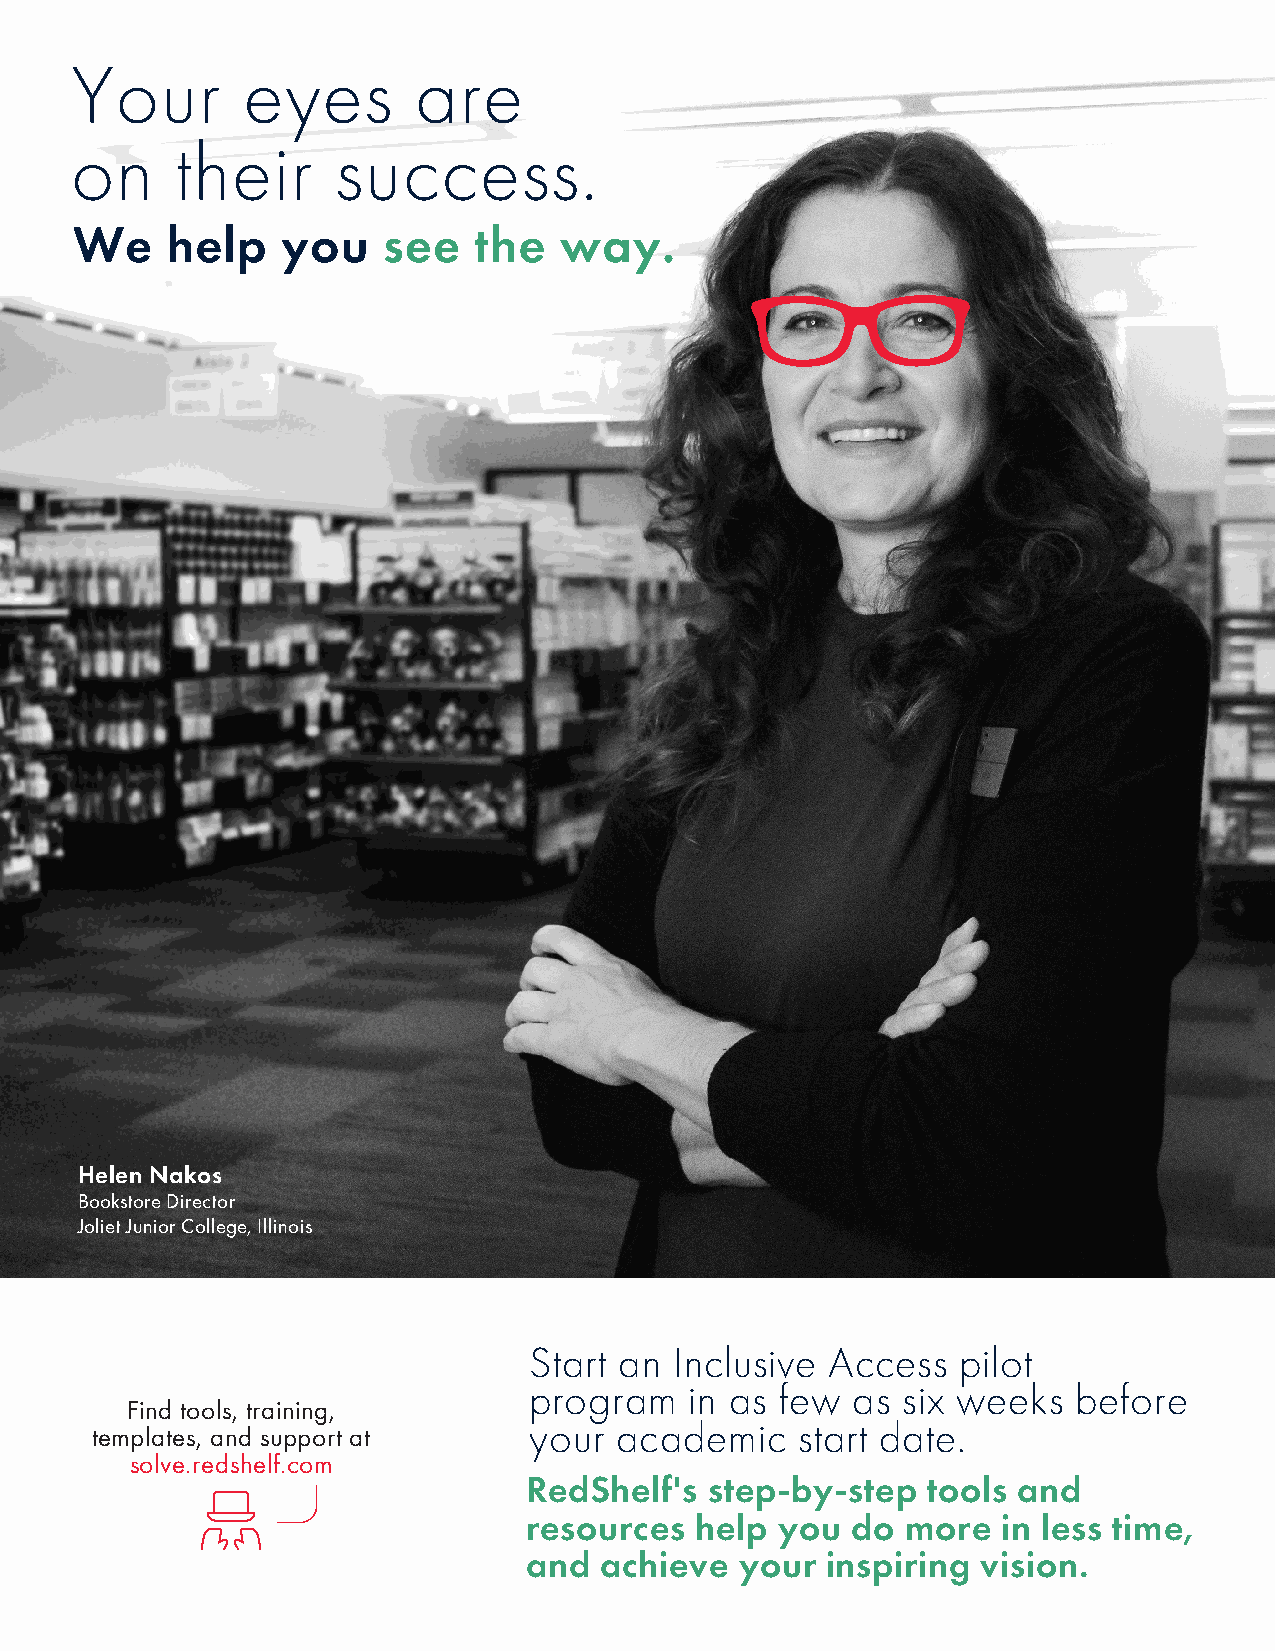
Your       eyes       are
 on     their     success.
 We    help    you   see   the   way.
 Helen Nakos
 Bookstore Director
 Joliet Junior College, Illinois
 Start an  Inclusive Access   pilot
 program    in as few as  six weeks  before
 Find tools, training,
 your  academic    start date.
 templates, and support at
 solve.redshelf.com
 RedShelf's  step-by-step  tools and
 resources  help  you do  more  in less time,
 and  achieve  your  inspiring vision.